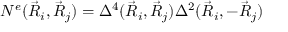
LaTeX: N ^ { e } ( \vec { R } _ { i } , \vec { R } _ { j } ) = \Delta ^ { 4 } ( \vec { R } _ { i } , \vec { R } _ { j } ) \Delta ^ { 2 } ( \vec { R } _ { i } , - \vec { R } _ { j } )